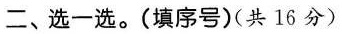
二、选一选。(填序号)(共16分)